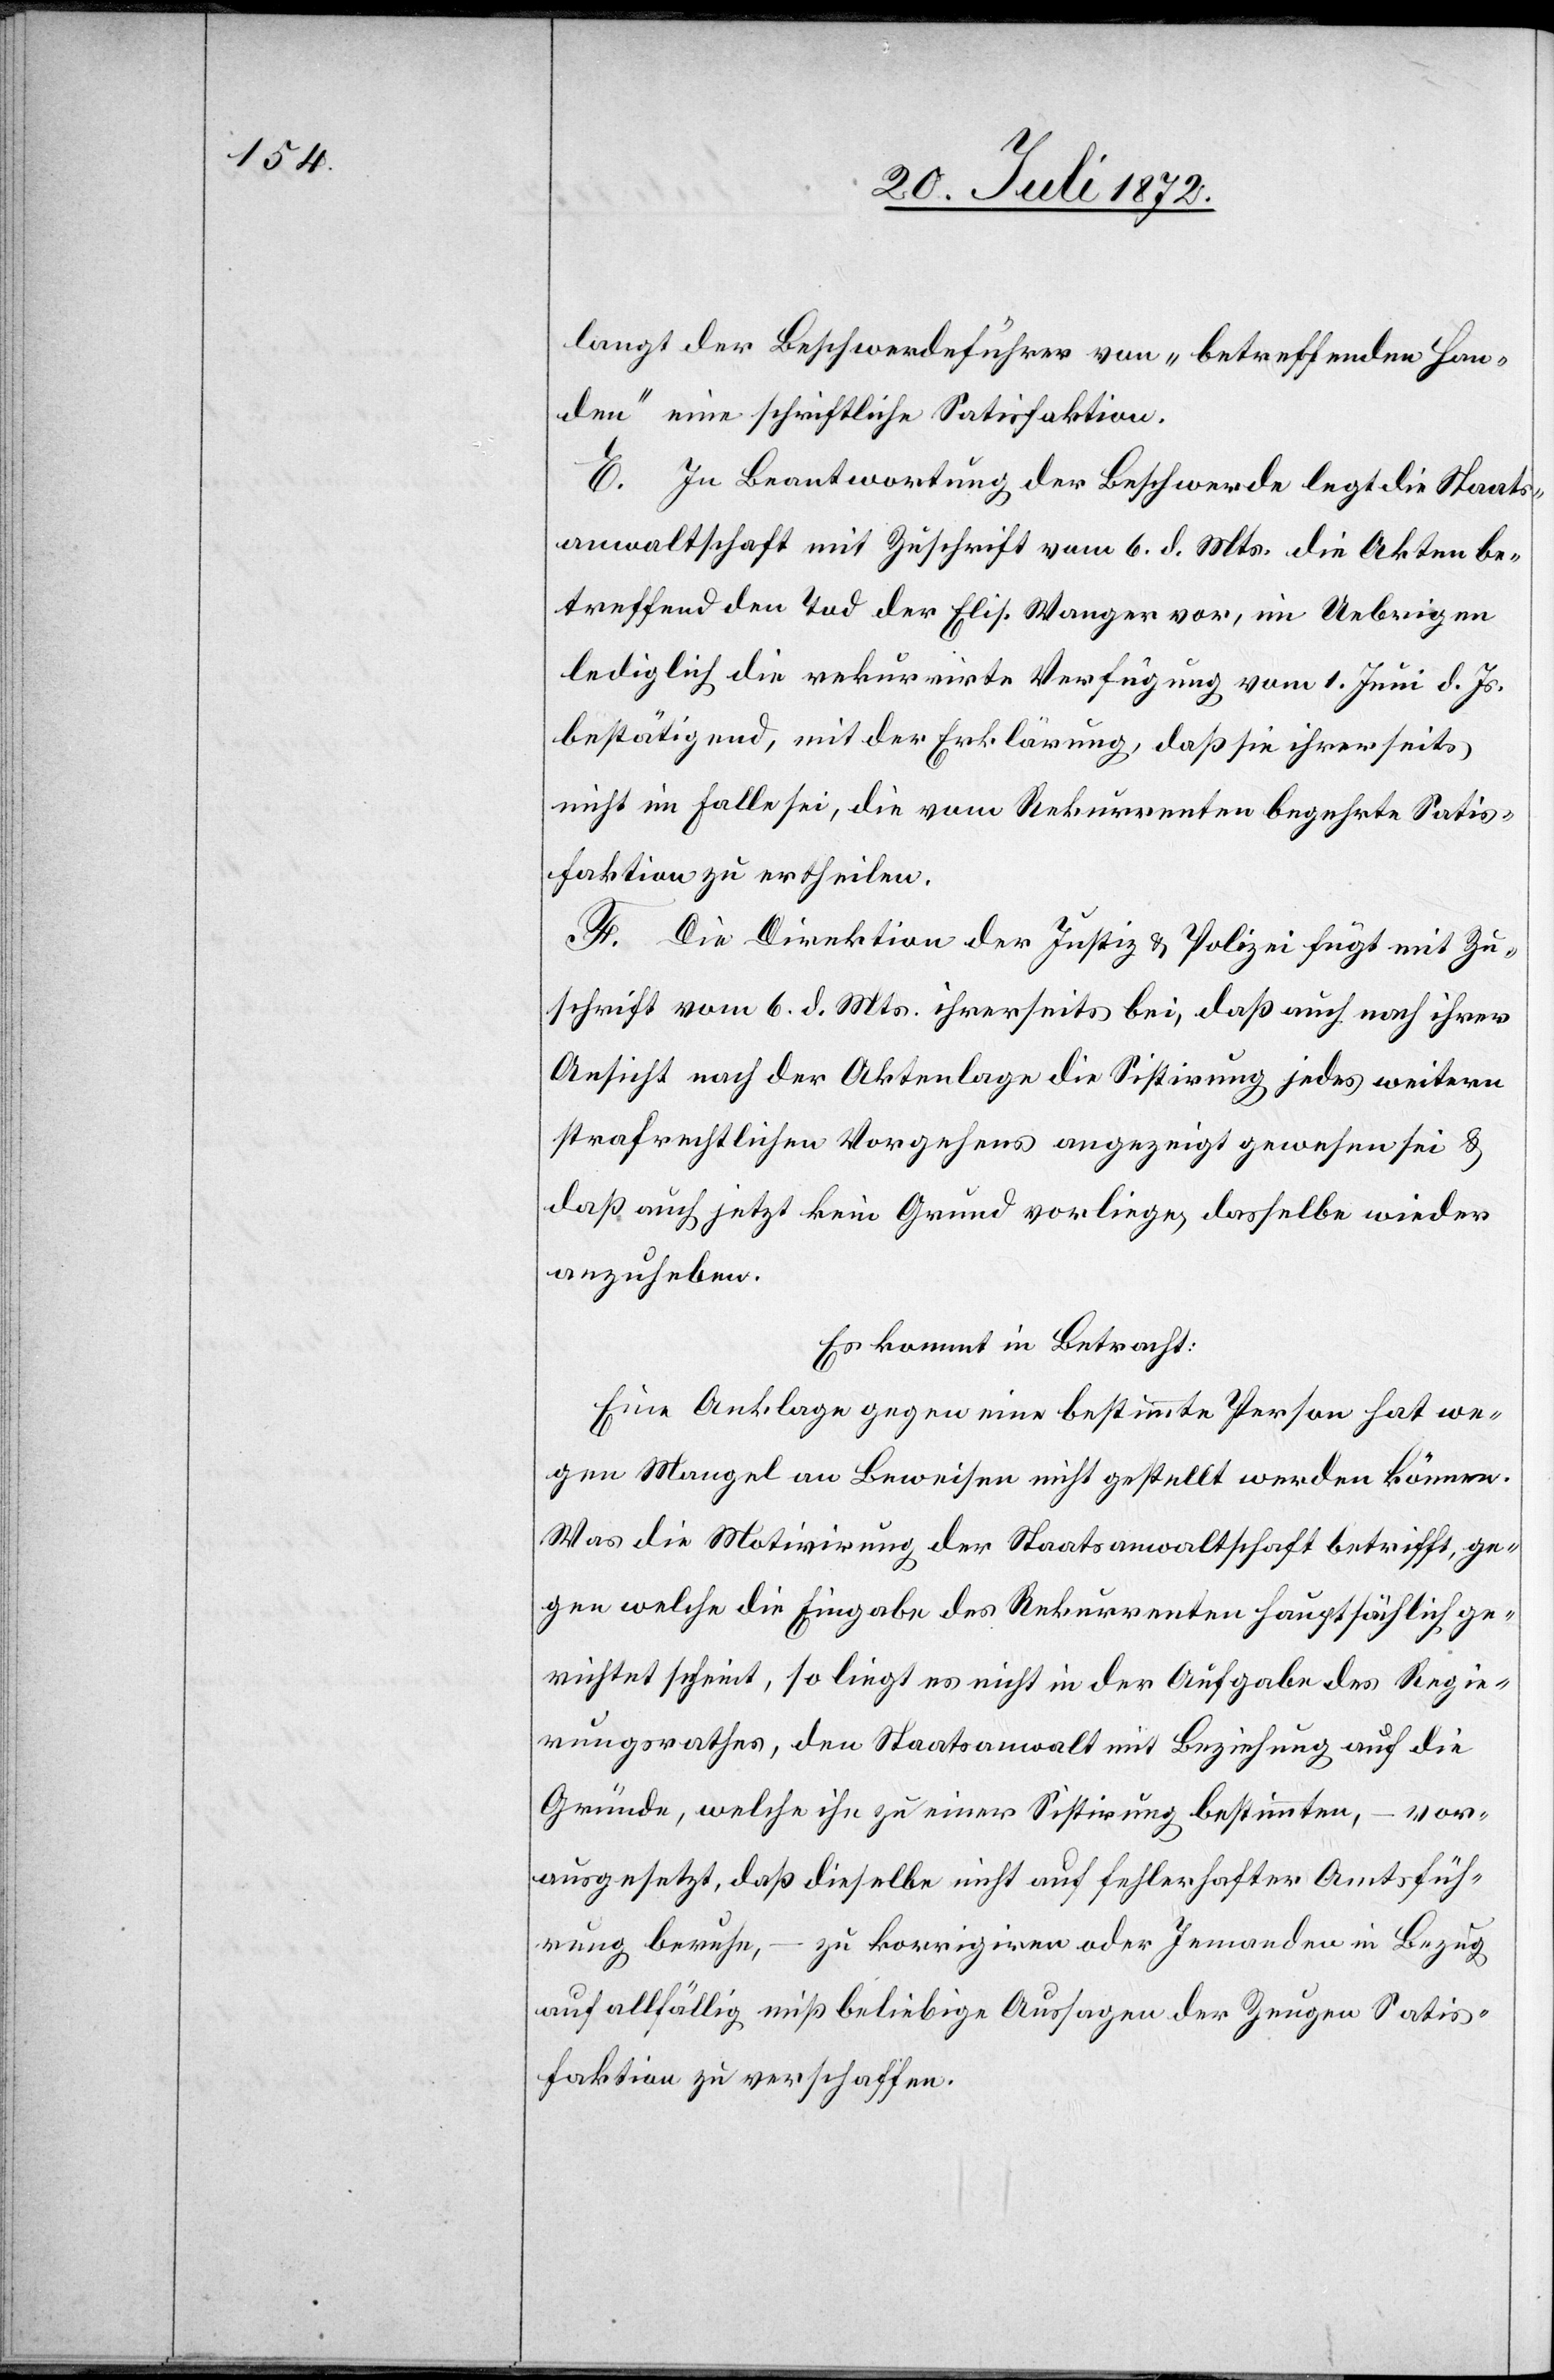
langt der Beschwerdeführer von „betreffenden Han¬
den“ eine schriftliche Satisfaktion.
E. In Beantwortung der Beschwerde legt die Staats¬
anwaltschaft mit Zuschrift vom 6. d. Mts. die Akten be¬
treffend den Tod der Elis. Wanger vor, im Uebrigen
lediglich die rekurrirte Verfügung vom 1. Juni d. Js.
bestätigend, mit der Erklärung, daß sie ihrerseits
nicht im Falle sei, die vom Rekurrenten begehrte Satis¬
faktion zu ertheilen.
F. Die Direktion der Justiz u. Polizei fügt mit Zu¬
schrift vom 6. d. Mts. ihrerseits bei, daß auch nach ihrer
Ansicht nach der Aktenlage die Sistirung jedes weitern
strafrechtlichen Vorgehens angezeigt gewesen sei u.
daß auch jetzt kein Grund vorliege dasselbe wieder
anzuheben.
Es kommt in Betracht:
Eine Anklage gegen eine bestimmte Person hat we¬
gen Mangel an Beweisen nicht gestellt werden können.
Was die Motivirung der Staatsanwaltschaft betrifft, ge¬
gen welche die Eingabe des Rekurrenten hauptsächlich ge¬
richtet scheint, so liegt es nicht in der Aufgabe des Regie¬
rungsrathes, den Staatsanwalt mit Beziehung auf die
Gründe, welche ihn zu einer Sistirung bestimmten, – vor¬
ausgesetzt, daß dieselbe nicht auf fehlerhafter Amtsfüh¬
rung beruhe, – zu korrigieren oder Jemanden in Bezug
auf allfällig mißbeliebige Aussagen der Zeugen Satis¬
faktion zu verschaffen.